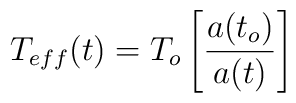
T_{eff}(t) = T_o \left[\frac{a(t_o)}{a(t)}\right]